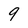
Character: 9